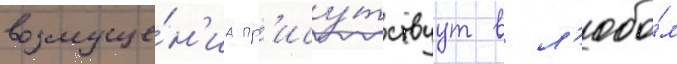
возмуще́н'иа пр'ису́тствуут в л'юбо́м